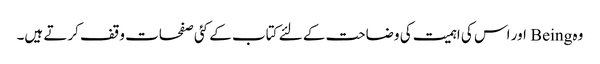
وہ Being اور اس کی اہمیت کی وضاحت کے لئے کتاب کے کئی صفحات وقف کرتے ہیں۔